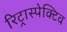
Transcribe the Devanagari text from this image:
रिट्रास्पेक्टिव